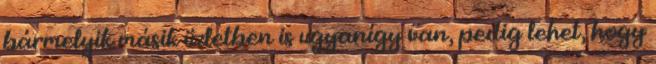
bármelyik másik üzletben is ugyanígy van, pedig lehet, hogy